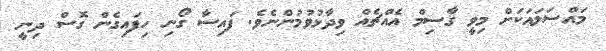
މައްސަލައަކަށް މިވީ ޤާސިމް އެއްޗެއް ވިދާޅުވުމުންނެވެ. ފައިސާ ގޯނި ހިފައިގެން ގޮސް ދިނީ